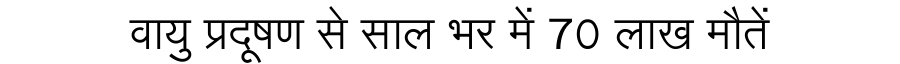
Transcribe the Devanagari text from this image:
वायु प्रदूषण से साल भर में 70 लाख मौतें